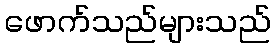
ဖောက်သည်များသည်